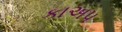
કાઅપ